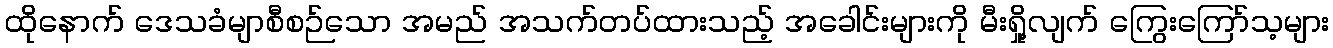
ထိုနောက် ဒေသခံမျာစီစဉ်သော အမည် အသက်တပ်ထားသည့် အခေါင်းများကို မီးရှို့လျက် ကြွေးကြော်သ့များ